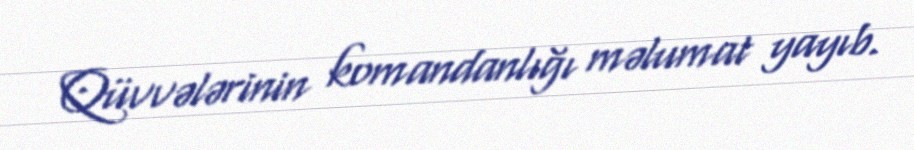
Qüvvələrinin komandanlığı məlumat yayıb.